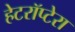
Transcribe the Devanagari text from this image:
हेटरॉप्टेरा